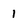
Character: 1